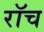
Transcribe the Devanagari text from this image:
रॉच